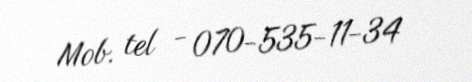
Mob. tel - 070-535-11-34